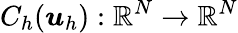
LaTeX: C_{h}(\boldsymbol{u}_{h}):\mathbb{R}^{N}\rightarrow\mathbb{R}^{N}